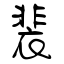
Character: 裴